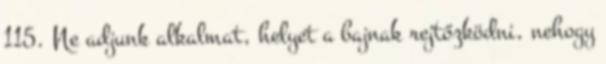
115. Ne adjunk alkalmat, helyet a bajnak rejtőzködni, nehogy